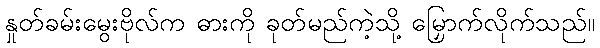
နှုတ်ခမ်းမွေးဗိုလ်က ဓားကို ခုတ်မည်ကဲ့သို့ မြှောက်လိုက်သည်။